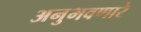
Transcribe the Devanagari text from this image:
अनुभवणारे